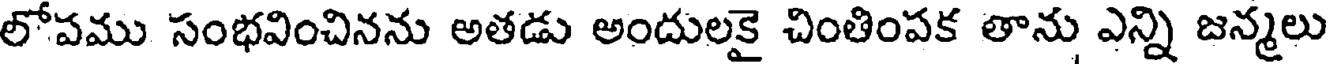
లోపము సంభవించినను అతడు అందులకై చింతింపక తాను ఎన్ని జన్మలు